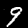
Label: 9